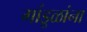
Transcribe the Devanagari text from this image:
गांडूळांना